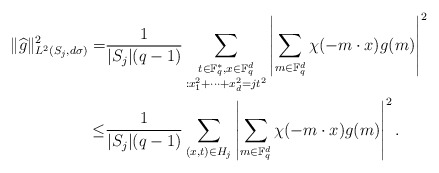
\begin{align*}\|\widehat{g}\|^2_{L^2(S_j, d\sigma)}=&\frac{1}{|S_j|(q-1)} \sum_{\substack{t\in \mathbb F_q^*, x\in \mathbb F_q^d\\: x_1^2+\cdots+x_d^2=jt^2}}\left| \sum_{m\in \mathbb F_q^d} \chi(-m\cdot x) g(m) \right |^2\\\leq& \frac{1}{|S_j|(q-1)} \sum_{(x, t)\in H_j} \left| \sum_{m\in \mathbb F_q^d} \chi(-m\cdot x) g(m) \right |^2.\end{align*}